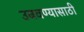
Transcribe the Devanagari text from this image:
उबवण्यासाठी